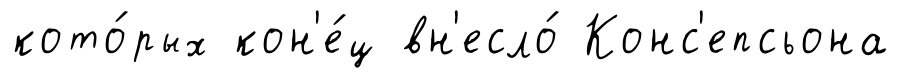
кото́рых кон'е́ц вн'есло́ Конс'епсьона